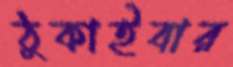
ঠুকাইবার